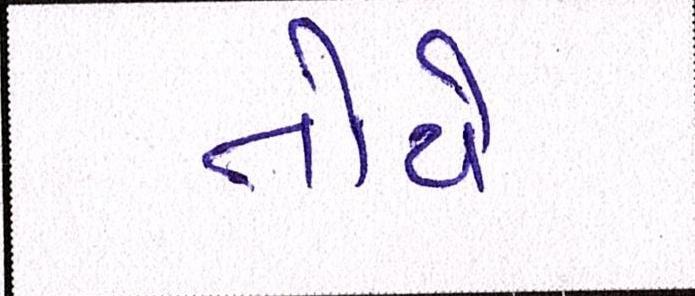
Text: તોયે